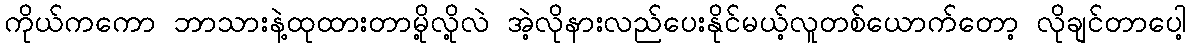
ကိုယ်ကကော ဘာသားနဲ့ထုထားတာမို့လို့လဲ အဲ့လိုနားလည်ပေးနိုင်မယ့်လူတစ်ယောက်တော့ လိုချင်တာပေါ့